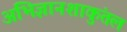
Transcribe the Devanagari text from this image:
अभिज्ञानशाकुंतल